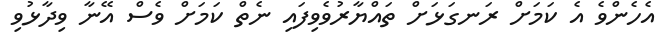
އެހެންވެ އެ ކަމަށް ރަނގަޅަށް ތައްޔާރުވެވިފައި ނެތް ކަމަށް ވެސް އޭނާ ވިދާޅުވި